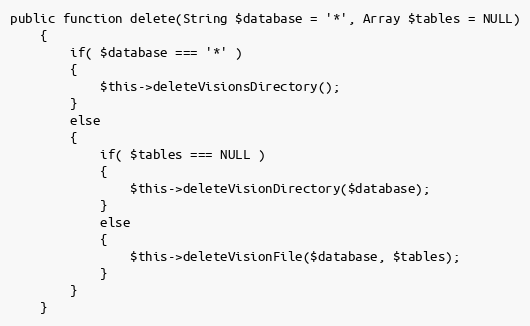
Language: PHP
public function delete(String $database = '*', Array $tables = NULL)
    {
        if( $database === '*' )
        {
            $this->deleteVisionsDirectory();
        }
        else
        {
            if( $tables === NULL )
            {
                $this->deleteVisionDirectory($database);
            }
            else
            {
                $this->deleteVisionFile($database, $tables);
            }
        }
    }